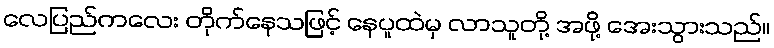
လေပြည်ကလေး တိုက်နေသဖြင့် နေပူထဲမှ လာသူတို့ အဖို့ အေးသွားသည်။